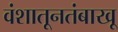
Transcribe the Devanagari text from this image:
वंशातूनतंबाखू